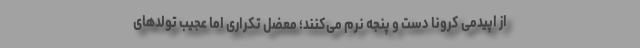
از اپیدمی کرونا دست و پنجه نرم می‌کنند؛ معضل تکراری اما عجیب تولدهای